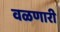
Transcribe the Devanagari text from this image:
वळणारी